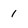
Character: 1